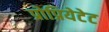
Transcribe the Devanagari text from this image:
प्रोप्रियेटेट